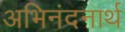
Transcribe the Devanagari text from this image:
अभिनंदनार्थ